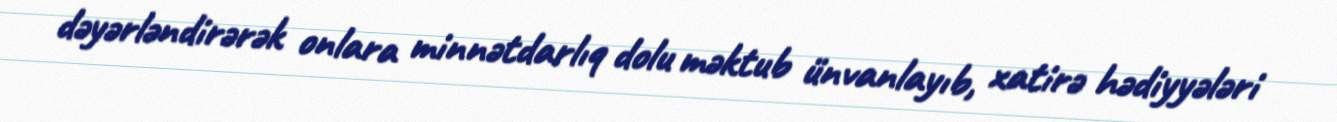
dəyərləndirərək onlara minnətdarlıq dolu məktub ünvanlayıb, xatirə hədiyyələri